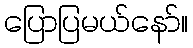
ပြောပြမယ်နော်။